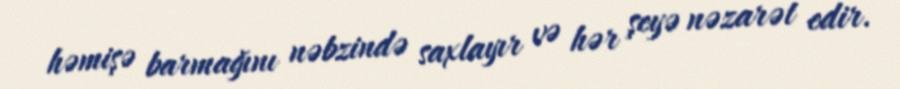
həmişə barmağını nəbzində saxlayır və hər şeyə nəzarət edir.